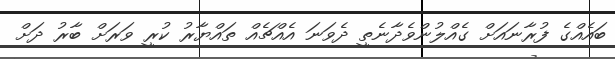
ބައެއްގެ ފުރާނައަށް ގެއްލުންވެދާނެތީ ދެވަނަ އެއްޗެއް ތައްޔާރު ކުރީ ވަރަށް ބާރު ދަށް